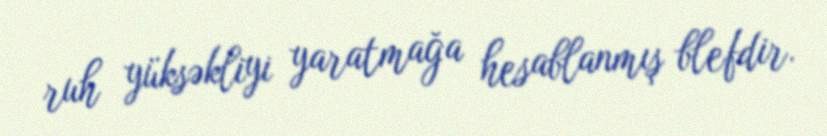
ruh yüksəkliyi yaratmağa hesablanmış blefdir.